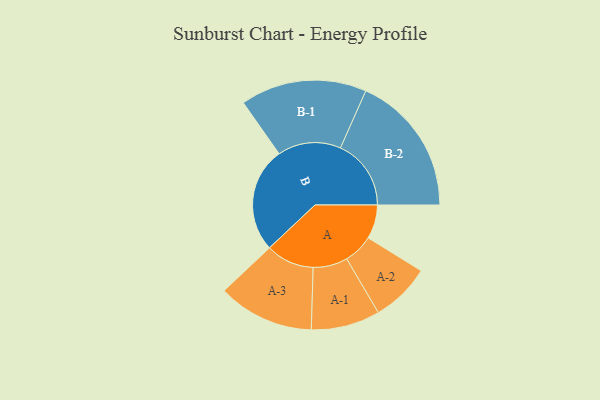
{"axis": {"x": "Segment", "y": "Value"}, "legend": ["", "A", "B"], "data": [{"x": "A", "y": 136, "type": ""}, {"x": "B", "y": 421, "type": ""}, {"x": "A-1", "y": 138, "type": "A"}, {"x": "A-2", "y": 119, "type": "A"}, {"x": "A-3", "y": 193, "type": "A"}, {"x": "B-1", "y": 253, "type": "B"}, {"x": "B-2", "y": 283, "type": "B"}]}